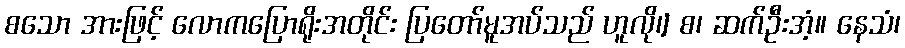
စသော အားဖြင့် လောကပြောရိုးအတိုင်း ပြတော်မူအပ်သည် ဟူလို၊] စ၊ ဆက်ဦးအံ့။ နေသံ၊